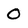
Character: O